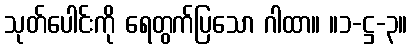
သုတ်ပေါင်းကို ရေတွက်ပြသော ဂါထာ။ ။၁-ဋ္ဌ-၃။